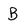
Character: B